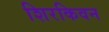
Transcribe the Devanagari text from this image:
शिरकिवन